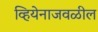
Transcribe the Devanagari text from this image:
व्हियेनाजवळील